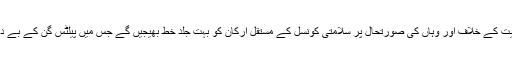
انہوں نے مزید کہا کہ وزیراعظم نواز شریف مقبوضہ کشمیر میں بھارتی ظلم و بربریت کے خلاف اور وہاں کی صورتحال پر سلامتی کونسل کے مستقل ارکان کو بہت جلد خط بھیجیں گے جس میں پیلٹس گن کے بے دردانہ استعمال کو روکنے سمیت مقبوضہ وادی کے دورے کا بھی مطالبہ کیا گیا ہے۔